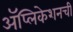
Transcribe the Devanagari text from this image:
अॅप्लिकेशनची